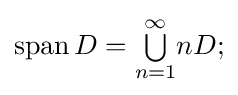
\operatorname {span} D={\textstyle \bigcup \limits _{n=1}^{\infty }}nD;